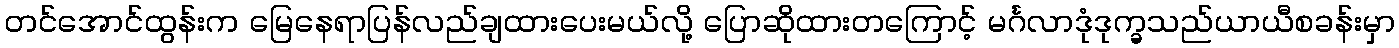
တင်အောင်ထွန်းက မြေနေရာပြန်လည်ချထားပေးမယ်လို့ ပြောဆိုထားတကြောင့် မင်္ဂလာဒုံဒုက္ခသည်ယာယီစခန်းမှာ